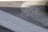
નીસ